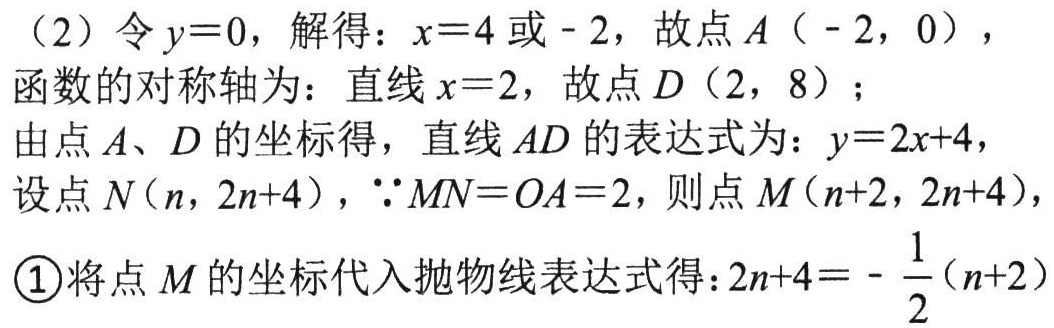
（2）令 \(y = 0\)，解得：\(x = 4\) 或 \(-2\)，故点 \(A(-2,0)\)，
函数的对称轴为：直线 \(x = 2\)，故点 \(D(2,8)\)；
由点 \(A\)、\(D\) 的坐标得，直线 \(AD\) 的表达式为：\(y = 2x + 4\)，
设点 \(N(n,2n + 4)\)，\(\because MN=OA = 2\)，则点 \(M(n + 2,2n + 4)\)，
\textcircled{1}将点 \(M\) 的坐标代入抛物线表达式得：\(2n + 4=-\frac{1}{2}(n + 2)\)